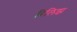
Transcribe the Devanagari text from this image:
रिलिझ